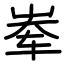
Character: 𪨶